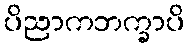
ပိညာကဘက္ခာပိ